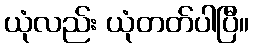
ယုံလည်း ယုံတတ်ပါပြီ။